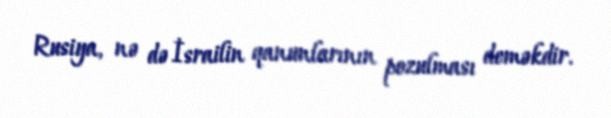
Rusiya, nə də İsrailin qanunlarının pozulması deməkdir.